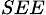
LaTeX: _{SEE}